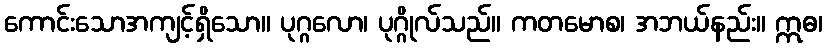
ကောင်းသောအကျင့်ရှိသော။ ပုဂ္ဂလော၊ ပုဂ္ဂိုလ်သည်။ ကတမောစ၊ အဘယ်နည်း။ ဣဓ၊